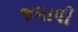
જમાલી